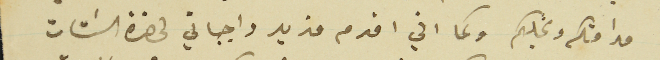
مدامتكم ونجلكم وكما اني اقدم مزيد واجباتي لحضرة السَتات